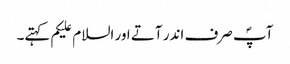
آپؐ صرف اندر آتے اور السلام علیکم کہتے۔